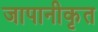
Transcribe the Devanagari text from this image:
जापानीकृत